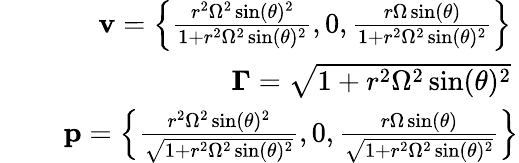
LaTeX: \begin{array}{rlr}{\mathrm{~}}&{{}}&{\mathbf{v}=\left\{ \frac{r^{2}\Omega^{2}\sin(\theta)^{2}}{1+r^{2}\Omega^{2}\sin(\theta)^{2}},0,\frac{r\Omega\sin(\theta)}{1+r^{2}\Omega^{2}\sin(\theta)^{2}}\right\} \mathrm{~}}\\ {\mathrm{~}}&{{}}&{\mathbf{\Gamma}=\sqrt{1+r^{2}\Omega^{2}\sin(\theta)^{2}}\mathrm{~}}\\ {\mathrm{~}}&{{}}&{\mathbf{p}=\left\{ \frac{r^{2}\Omega^{2}\sin(\theta)^{2}}{\sqrt{1+r^{2}\Omega^{2}\sin(\theta)^{2}}},0,\frac{r\Omega\sin(\theta)}{\sqrt{1+r^{2}\Omega^{2}\sin(\theta)^{2}}}\right\} }\end{array}